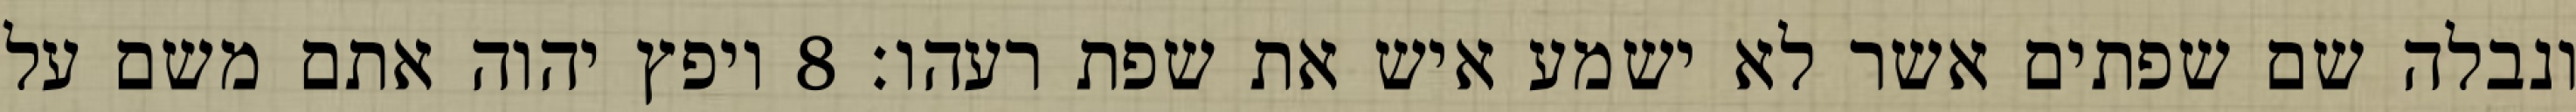
ונבלה שם שפתים אשר לא ישמע איש את שפת רעהו׃ ‎8‏ ויפץ יהוה אתם משם על